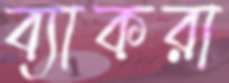
ব্যাকরা